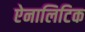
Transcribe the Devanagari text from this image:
ऐनालिटिक